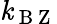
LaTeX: \mathit{k}_{\mathrm{{~B~Z~}}}